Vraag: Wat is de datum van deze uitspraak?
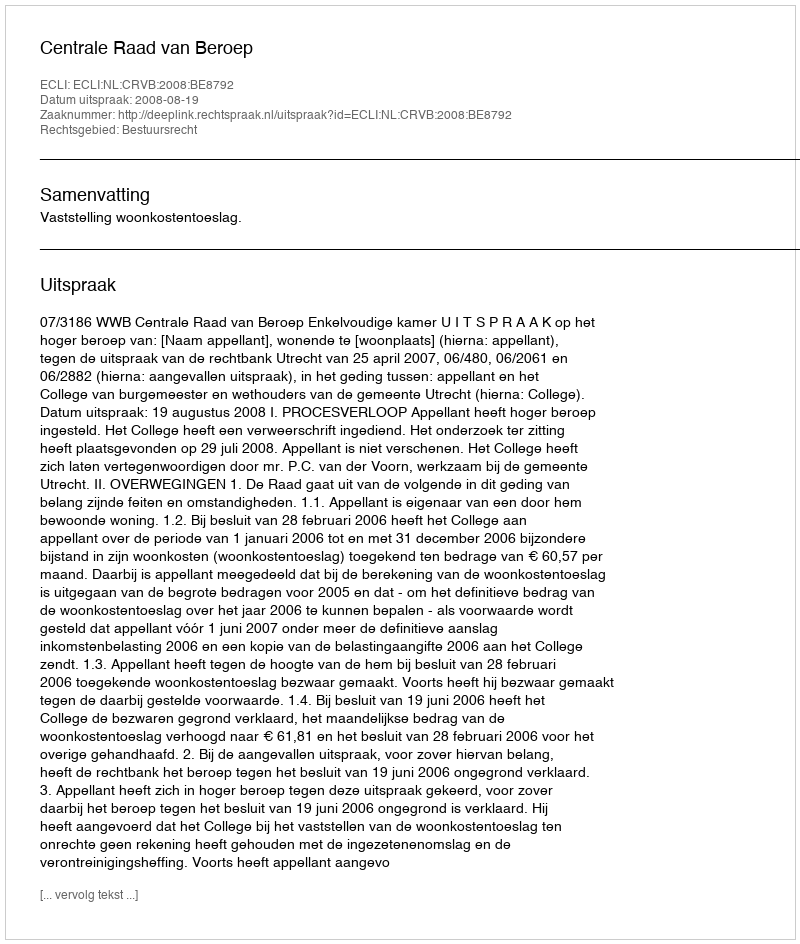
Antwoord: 2008-08-19